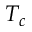
T _ { c }